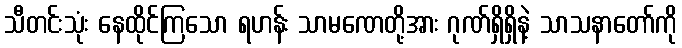
သီတင်းသုံး နေထိုင်ကြသော ရဟန်း သာမဏေတို့အား ဂုဏ်ရှိရှိနဲ့ သာသနာတော်ကို